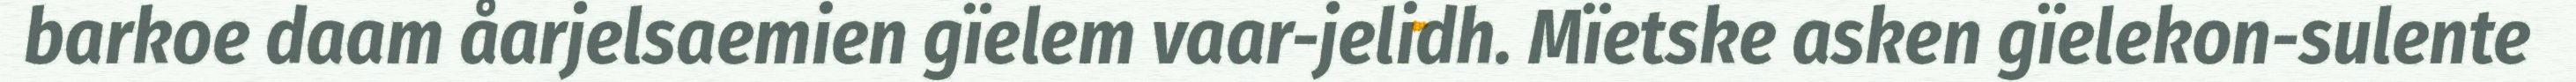
barkoe daam åarjelsaemien gïelem vaar-jelidh. Mïetske asken gïelekon-sulente